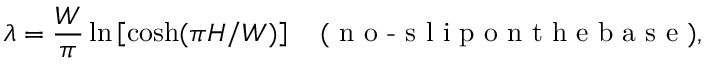
\lambda = \frac { W } { \pi } \ln \left[ { \cosh ( \pi H / W ) } \right] \quad ( \textrm { n o - s l i p o n t h e b a s e } ) ,